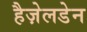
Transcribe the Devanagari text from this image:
हैज़ेलडेन